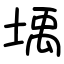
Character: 㙖